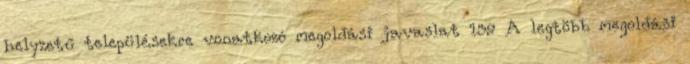
helyzetű településekre vonatkozó megoldási javaslat 139 A legtöbb megoldási